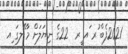
2021ފެބް ުރ ައ ީރ  22ގެ ނިޔަލަށް މާ ޭލގަ ިއ